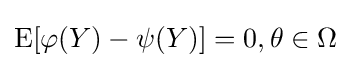
\operatorname {E} [\varphi (Y)-\psi (Y)]=0,\theta \in \Omega